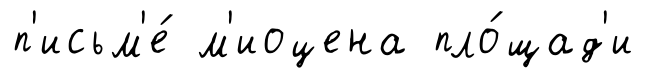
п'исьм'е́ м'иоцена пло́щад'и